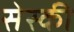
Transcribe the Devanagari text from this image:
सेस्की